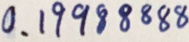
0 . 1 9 9 8 8 8 8 8